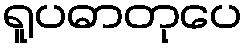
ရူပဓာတုပေ